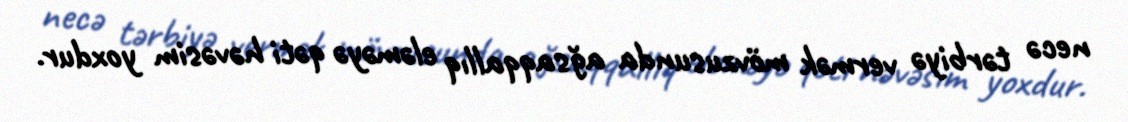
necə tərbiyə vermək mövzusunda ağsaqqallıq eləməyə qəti həvəsim yoxdur.